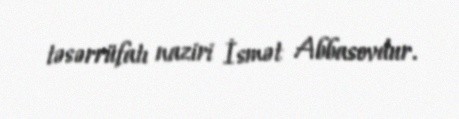
təsərrüfatı naziri İsmət Abbasovdur.